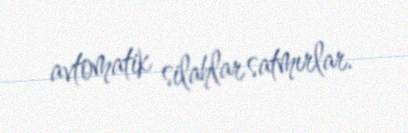
avtomatik silahlar satmırlar.